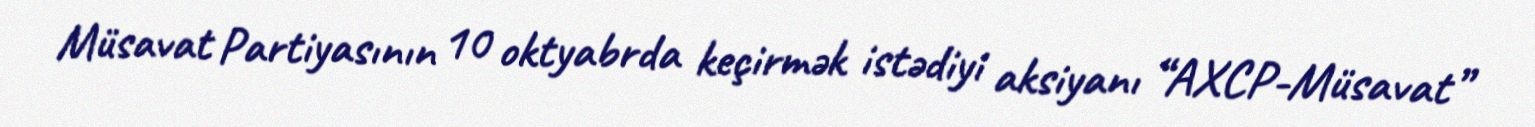
Müsavat Partiyasının 10 oktyabrda keçirmək istədiyi aksiyanı “AXCP-Müsavat”